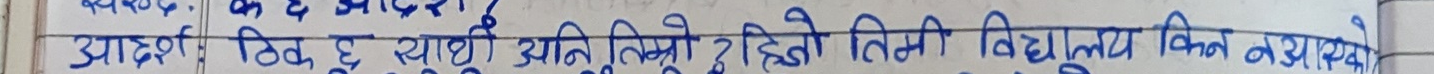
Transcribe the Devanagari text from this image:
उप्रदर्श टिक छ सार्ध अलि तिम्रो हिजो तिमी विद्यालय किन नआएको?